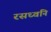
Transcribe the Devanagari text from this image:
रसध्वनि